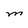
Character: M